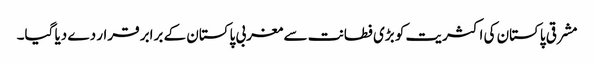
مشرقی پاکستان کی اکثریت کو بڑی فطانت سے مغربی پاکستان کے برابر قرار دے دیا گیا۔